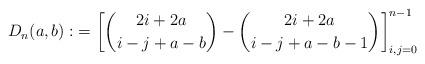
LaTeX: \begin{align*}D_n(a,b):&=\left[\binom{2i+2a}{i-j+a-b}-\binom{2i+2a}{i-j+a-b-1}\right]_{i,j=0}^{n-1}\end{align*}